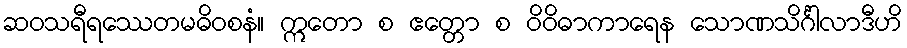
ဆဝသရီရဿေတမဓိဝစနံ။ ဣတော စ ဧတ္တော စ ဝိဝိဓာကာရေန သောဏသိင်္ဂါလာဒီဟိ